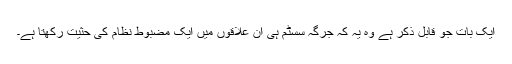
ایک بات جو قابل ذکر ہے وہ یہ کہ جرگہ سسٹم ہی ان علاقوں میں ایک مضبوط نظام کی حثیت رکھتا ہے۔